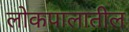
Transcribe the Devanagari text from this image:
लोकपालातील